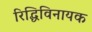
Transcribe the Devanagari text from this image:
रिद्धिविनायक